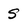
Character: s